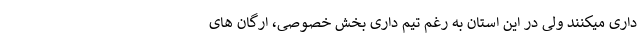
داری میکنند ولی در این استان به رغم تیم داری بخش خصوصی، ارگان های